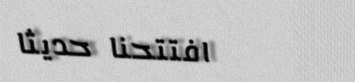
افتتحنا حديثاً